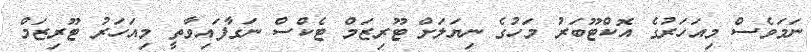
ނަމަވެސް މިއަހަރުގެ އޮކްޓޫބަރު މަހުގެ ނިޔަލަށް ޓޫރިޒަމް ޓެކްސް ނަގާފައިވާތީ މިއަހަރު ޓޫރިޒަމް